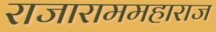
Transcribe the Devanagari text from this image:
राजाराममहाराज